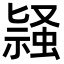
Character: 𬠛